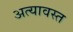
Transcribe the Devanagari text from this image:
अत्यावस्त